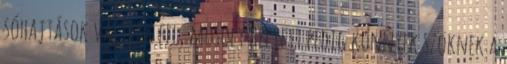
sóhajtások váltják fel, mosoly helyett pedig könnyek szöknek a